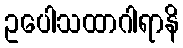
ဥပေါသထာဂါရာနိ